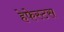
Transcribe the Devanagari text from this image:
हेफेस्टस